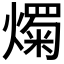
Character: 𤐋